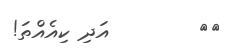
٤٦        އަދި ކިއެއްތަ!